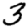
Digit: 3